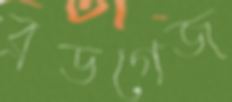
ব্রডগেজ